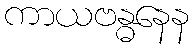
ကာယဗန္ဓနေန